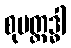
စုပတ္ထဒ္ဓါ